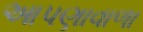
આપણાવાળા